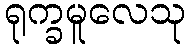
ရုက္ခမူလေသု